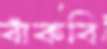
বাঁকবি